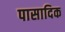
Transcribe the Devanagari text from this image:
पासादिक